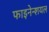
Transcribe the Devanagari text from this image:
फाइनेन्शयल